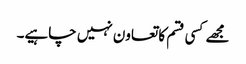
مجھے کسی قسم کا تعاون نہیں چاہیے۔